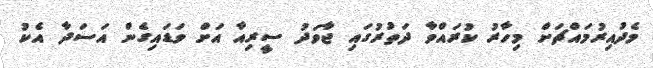
މެދުއިރުމައްޗަށް މިހާރު ކުރައްވާ ދަތުރުގައި ޖާވަދު ސީރިއާ އަށް ވަޑައިގެން އަސަދާ އެކު